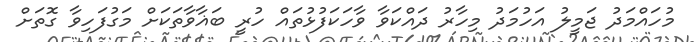
މުހައްމަދު ޖަމީލު އަހުމަދު މިހާރު ދައްކަވާ ވާހަކަފުޅުތައް ހުރީ ބަޣާވާތަކަށް މަގުފަހިވާ ގޮތަށް